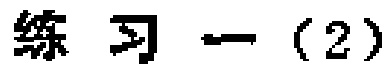
练习一（2）